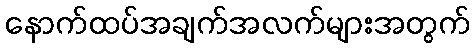
နောက်ထပ်အချက်အလက်များအတွက်